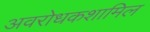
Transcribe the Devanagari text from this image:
अवरोधकशामिल